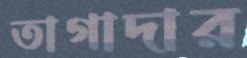
তাগাদার